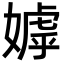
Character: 嫭